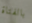
بالفتاة